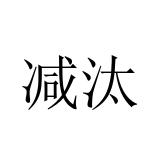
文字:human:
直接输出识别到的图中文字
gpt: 减汰